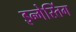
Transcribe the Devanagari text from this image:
इन्गेस्तिंग